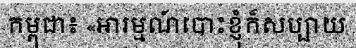
កម្ពុជា៖ «អារម្មណ៍បោះខ្ញុំក៏សប្បាយ